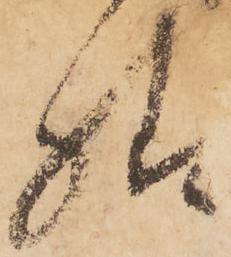
様